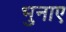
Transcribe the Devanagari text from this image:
भुनाए